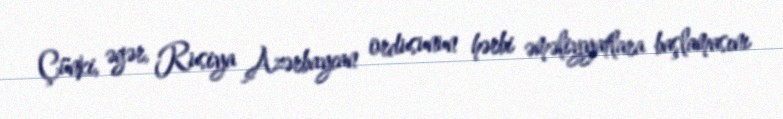
Çünki, əgər, Rusiya Azərbaycan ordusunun hərbi əməliyyatlara başlamasını